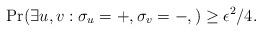
LaTeX: \begin{align*}\Pr(\exists u, v: \sigma_u = +, \sigma_v = -, )\ge \epsilon^2 / 4.\end{align*}